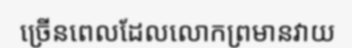
ច្រើនពេលដែលលោកព្រមានវាយ